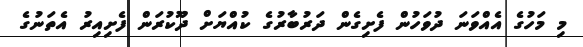
މި މަހުގެ އެއްވަނަ ދުވަހުން ފެށިގެން ދަރުބާރުގެ ކުއްޔަށް ދޫކުރަން ފެށިއިރު އެތަނުގެ